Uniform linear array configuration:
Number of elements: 8
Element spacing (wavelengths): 0.25
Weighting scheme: binomial
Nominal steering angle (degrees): -30
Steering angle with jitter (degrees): -28.179
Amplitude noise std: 0.05
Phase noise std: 0.05

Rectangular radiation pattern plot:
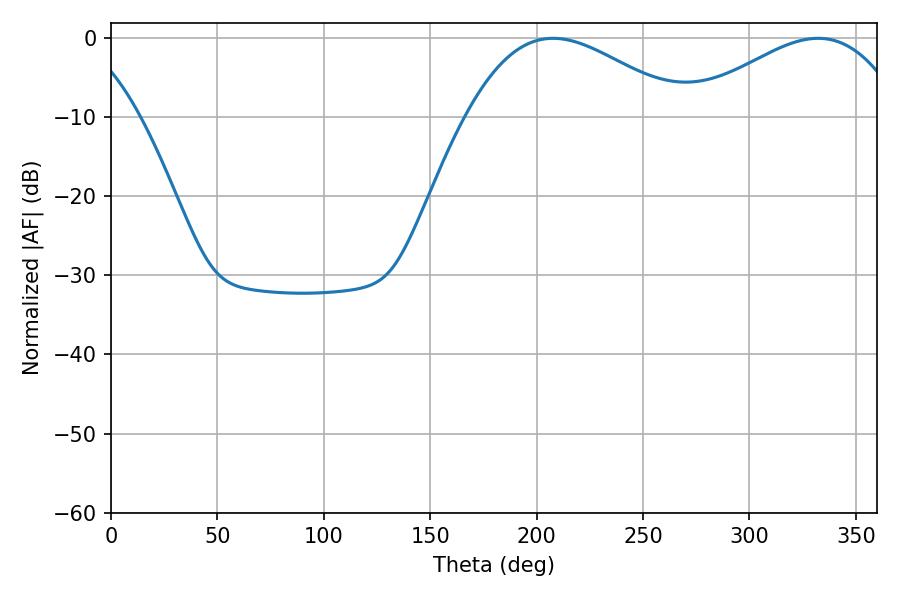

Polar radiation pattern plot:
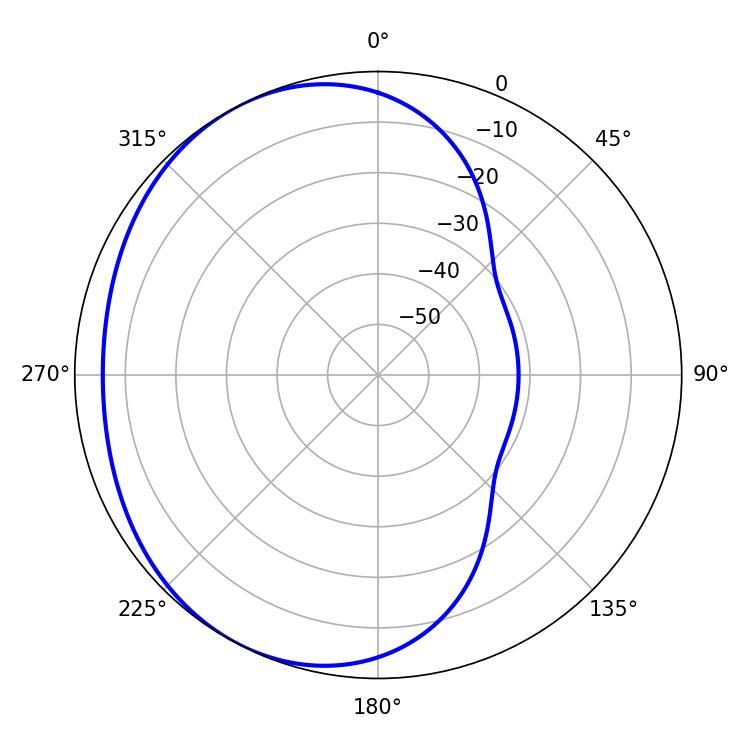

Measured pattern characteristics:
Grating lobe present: FALSE
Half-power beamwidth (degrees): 55.26
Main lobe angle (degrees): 207.72